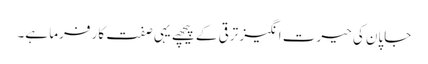
جاپان کی حیرت انگیز ترقی کے پیچھے یہی صفت کار فرما ہے۔